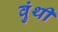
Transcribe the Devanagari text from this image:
वुंथी